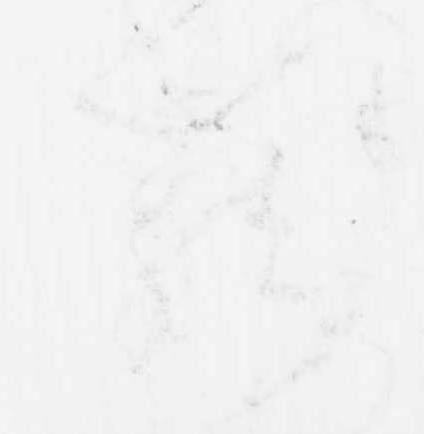
籠